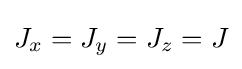
J_{x}=J_{y}=J_{z}=J